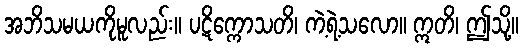
အဘိသမယကိုမူလည်း။ ပဋိက္ကောသတိ၊ ကဲ့ရဲ့သလော။ ဣတိ၊ ဤသို့။